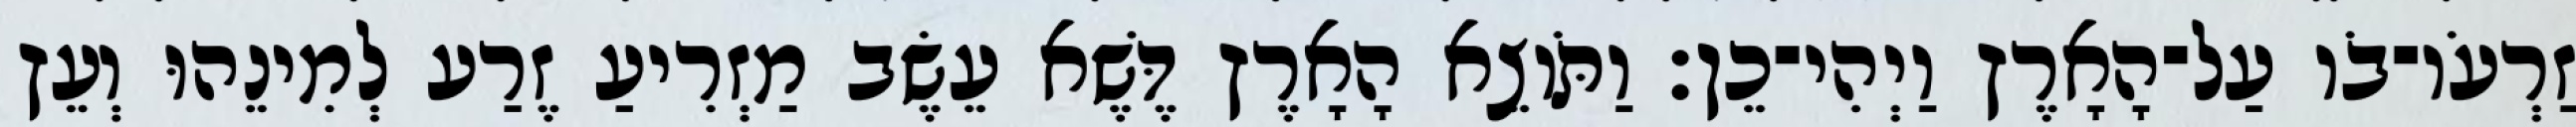
זַרְעֹו־בֹו עַל־הָאָרֶץ וַיְהִי־כֵן׃ וַתֹּוצֵא הָאָרֶץ דֶּשֶׁא עֵשֶׂב מַזְרִיעַ זֶרַע לְמִינֵהוּ וְעֵץ